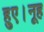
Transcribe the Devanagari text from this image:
हुए।नूह